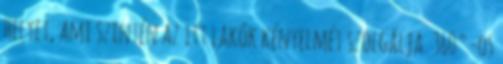
helyet, ami szintén az itt lakók kényelmét szolgálja. 360°-os